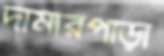
দামারপাড়া